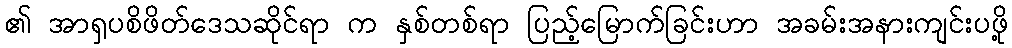
၏ အာရှပစိဖိတ်ဒေသဆိုင်ရာ က နှစ်တစ်ရာ ပြည့်မြောက်ခြင်းဟာ အခမ်းအနားကျင်းပဖို့